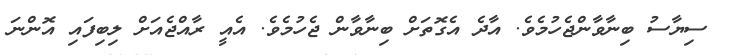
ސިޔާސު ބިނާވާންޖެހުމެވެ. އާދެ އެގޮތަށް ބިނާވާން ޖެހުމެވެ. އެއީ ރާއްޖެއަށް ލިބިފައި އޮންނަ